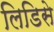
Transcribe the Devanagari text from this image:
लिडिसे